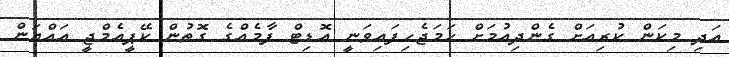
އަދި މިކަން ކުރިއަށް ގެންދިއުމަށް ހަމަޖެހިފައިވަނީ އޮޑިޓް ފާމެއްގެ ގޮތުން ކޭޕީއެމްޖީ އައްޔަން